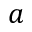
a